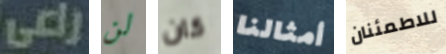
راعي لن كان أمثالنا للاطمئنان